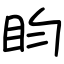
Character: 盷